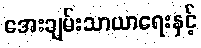
အေးချမ်းသာယာရေးနှင့်